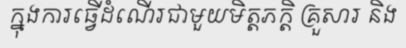
ក្នុងការធ្វើដំណើរជាមួយមិត្តភក្តិ គ្រួសារ និង